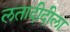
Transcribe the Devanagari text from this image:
लतादीदीला